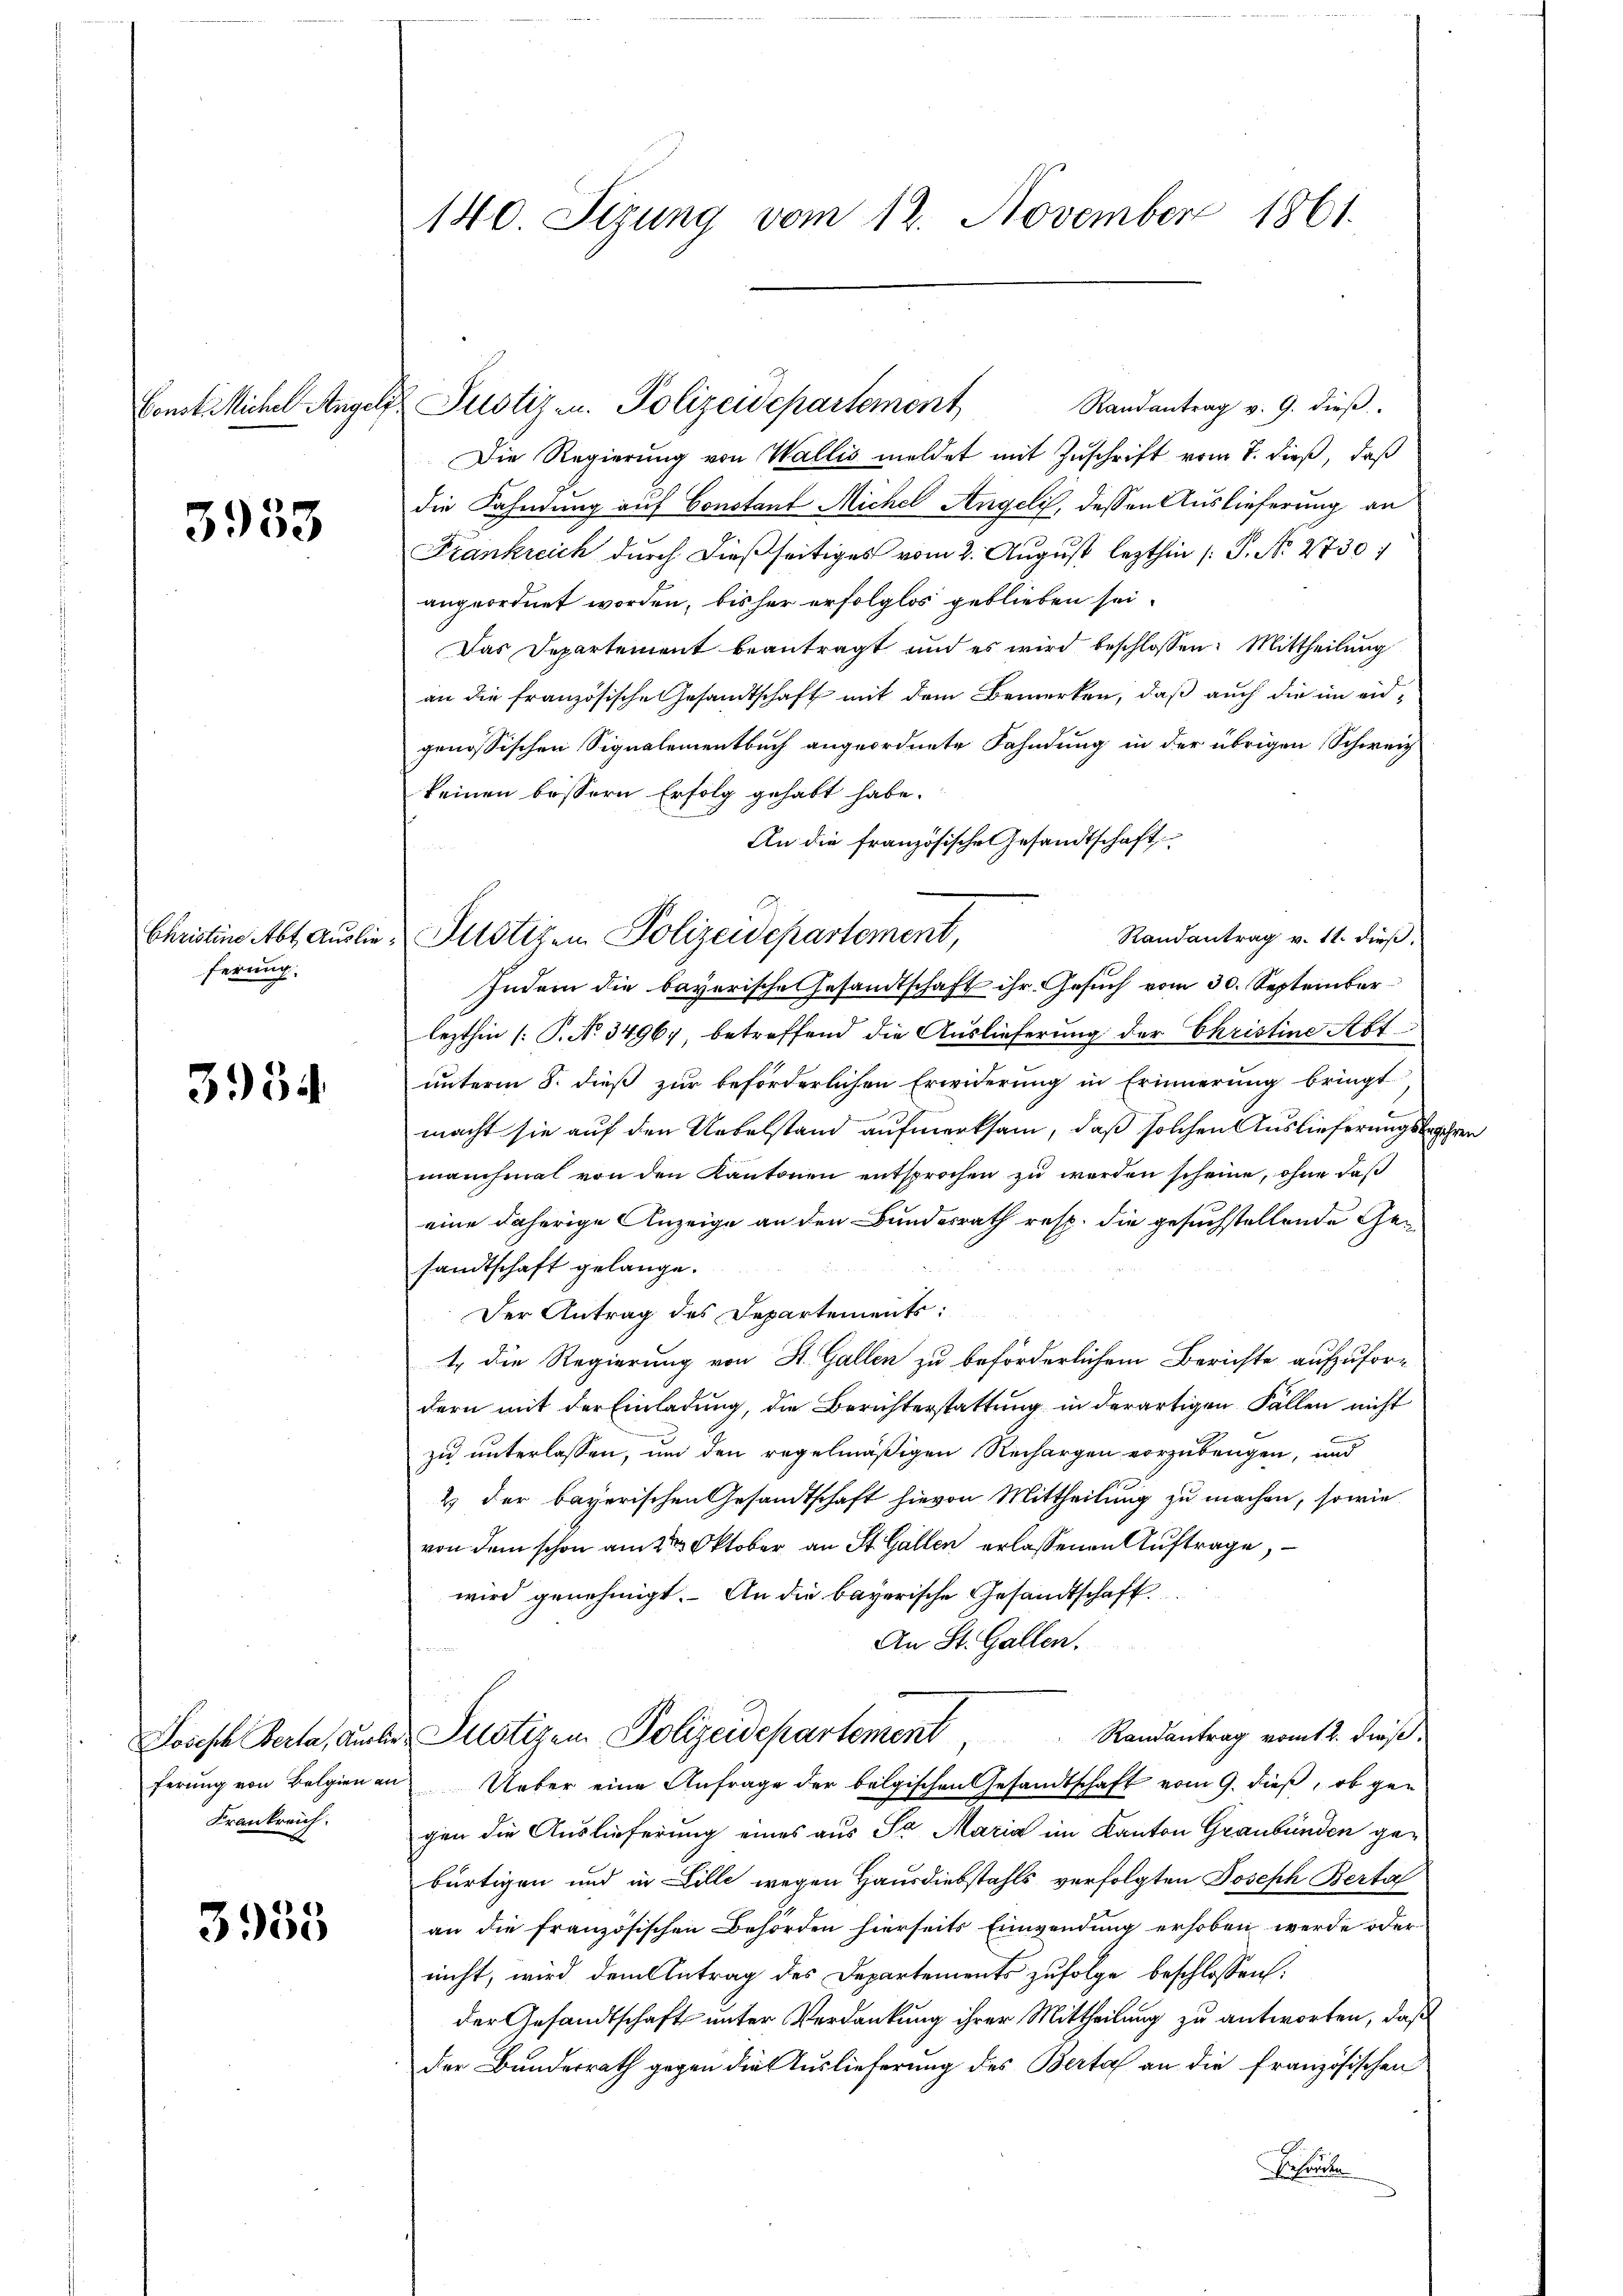
3933

ferung.

3954

Joseph Berta, Auslie
Frankreich.

3953

140. Sizung vom 12. November 1861.

konst Michel Angels Justiz- u. Polizeidepartement

Christine Abt. Auslie- Plotizen Polizeidepartement,

Randantrag v. 9. dieβ.
Die Regierung von Wallis meldet mit Zuschrift vom 7. dieß, daß
die Fahndung auf Constant Michel Angeli, dessen Auslieferung an
Frankreich durch dießseitiges vom 2. August lezthin /: P. Nr. 2730)
angeordnet worden, bisher erfolglos geblieben sei.
Das Departement beantragt und es wird beschlossen: Mittheilung
an die französische Gesandtschaft mit dem Bemerken, daß auch die im eidgenössischen Signalementbuch angeordnete Fahndung in der übrigen Schweiz
keinen bessern Erfolg gehabt habe.
An die französische Gesandtschaft
Randantrag v. 11. dieß.
Indem die bayerische Gesandtschaft ihr Gesuch vom 30. September
lezthin (T. No 3496), betreffend die Auslieferung der Christine Art
unterm 8. dieß zur beförderlichen Erwiderung in Erinnerung bringt
macht sie auf den Uebelstand aufmerksam, daß solchen Auslieferungsbegehren
manchmal von den Kantonen entsprochen zu werden scheine, ohne daß
eine daherige Anzeige an den Bundesrath resp. die gesuchstellende Gesandtschaft gelange.
Der Antrag des Departements:
1. die Regierung von St. Gallen zu beförderlichem Berichte aufzufordern mit der Einladung, die Berichterstattung in derartigen Fällen nicht
zu unterlassen, um den regelmäßigen Rechargen vorzubeugen, und
2 der bayerischen Gesandtschaft hievon Mittheilung zu machen, sowie
von dem schon am 2ten Oktober an St. Gallen erlassenen Auftrage,
wird genehmigt. An die bayerische Gesandtschaft
An St. Gallen.
Justizen Polizeidepartement                      Randantrag vom 12. dieß:
ferŭng von Belgien an Ueber eine Anfrage der belgischen Gesandtschaft vom 9. dieß, ob gen
gen die Auslieferung eines aus Sr. Maria im Kanton Graubünden gebürtigen und in Lille wegen Hausdiebstahls verfolgten Joseph Berta
an die französischen Behörden hierseits Einwendung erhoben werde oder
nicht, wird dem Antrag des Departements zufolge beschlossen:
der Gesandtschaft unter Verdankung ihrer Mittheilung zu antworten, daß
der Bunderrath gegen die Auslieferung des Berta an die französischen
Behörden